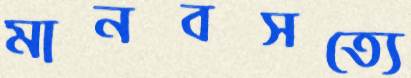
মানবসত্যে